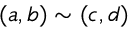
( a , b ) \sim ( c , d )